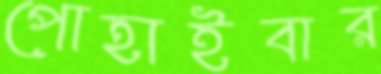
পোহাইবার